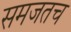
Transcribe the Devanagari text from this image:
समजतच